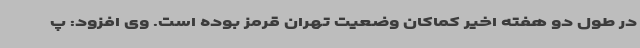
در طول دو هفته اخیر کماکان وضعیت تهران قرمز بوده است. وی افزود: پ